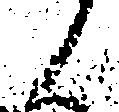
候